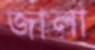
জালা